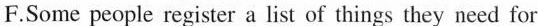
F.Some people register a list of things they need for